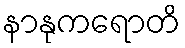
နာနုကရောတိ